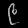
Digit: ၉